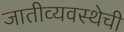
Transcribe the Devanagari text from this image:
जातीव्यवस्थेची